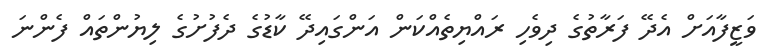
ވަޒީފާއަށް އެދޭ ފަރާތުގެ ދިވެހި ރައްޔިތެއްކަން އަންގައިދޭ ކާޑުގެ ދެފުށުގެ ލިޔުންތައް ފެންނަ